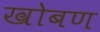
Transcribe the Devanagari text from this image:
खोबण